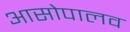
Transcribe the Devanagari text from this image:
आसोपालव